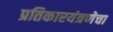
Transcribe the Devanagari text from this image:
प्रतिकारयंत्रणेचा